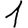
Digit: 1